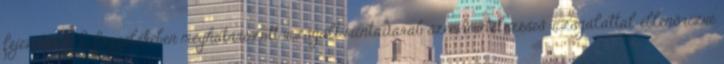
fejezetének 2. függelékében meghatározott vizsgált mintadarab szemrevételezéses vizsgálattal ellenõrizve